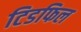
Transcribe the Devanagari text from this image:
टिडफिल